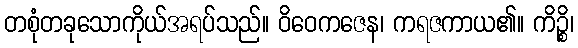
တစုံတခုသောကိုယ်အရပ်သည်။ ဝိဝေကဇေန၊ ကရဇကာယ၏။ ကိဉ္စိ၊